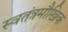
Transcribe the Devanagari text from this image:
स्वतंत्रमौखिक